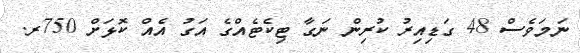
ނަމަވެސް 48 ގަޑިއިރު ކުރިން ނަގާ ޓިކެޓެއްގެ އަގު އެއް ކޮޅަށް 750ރ.